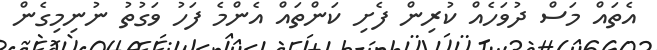
އެތައް މަސް ދުވަހެއް ކުރިން ފެށި ކަންތައް އެންމެ ފަހު ވަގުތު ނުނިމިގެން